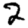
Digit: 2